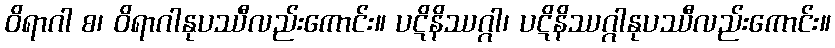
ဝိရာဂါ စ၊ ဝိရာဂါနုပဿီလည်းကောင်း။ ပဋိနိဿဂ္ဂါ၊ ပဋိနိဿဂ္ဂါနုပဿီလည်းကောင်း။